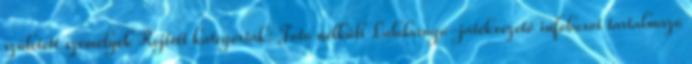
született személyek Rejtett kategóriák: Fotó nélküli Labdarúgó-játékvezető infoboxot tartalmazó